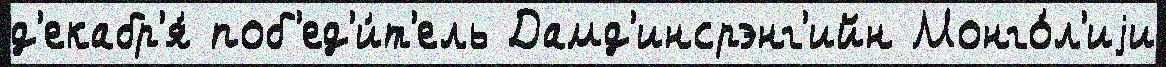
д'екабр'я́ поб'ед'и́т'ель Дамд'инсрэнг'ийн Монго́л'иjи